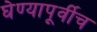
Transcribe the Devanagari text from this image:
घेण्यापूर्वीच